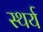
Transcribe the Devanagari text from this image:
स्थर्य